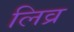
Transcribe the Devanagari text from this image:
लिव्र